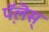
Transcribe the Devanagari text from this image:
प़ॅलॆस्